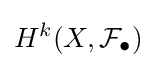
H^{k}(X,{\mathcal {F}}_{\bullet })